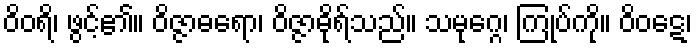
ဝိဝရိ၊ ဖွင့်၏။ ဝိဇ္ဇာဓရော၊ ဝိဇ္ဇာဓိုရ်သည်။ သမုဂ္ဂေ၊ ကြုပ်ကို။ ဝိဝဋေ၊